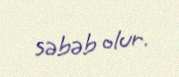
səbəb olur.